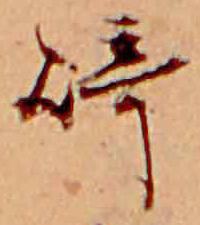
崎